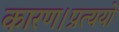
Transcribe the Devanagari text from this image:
कारण।प्रत्ययो